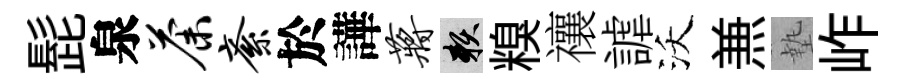
髭泉荼紊於譁蒋賴糗禳謔沃𠔥墊岞